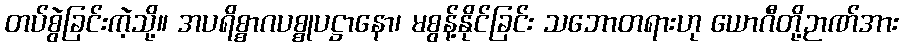
တပ်စွဲခြင်းကဲ့သို့။ အပရိစ္စာဂပစ္စုပဋ္ဌာနော၊ မစွန့်နိုင်ခြင်း သဘောတရားဟု ယောဂီတို့ဉာဏ်အား